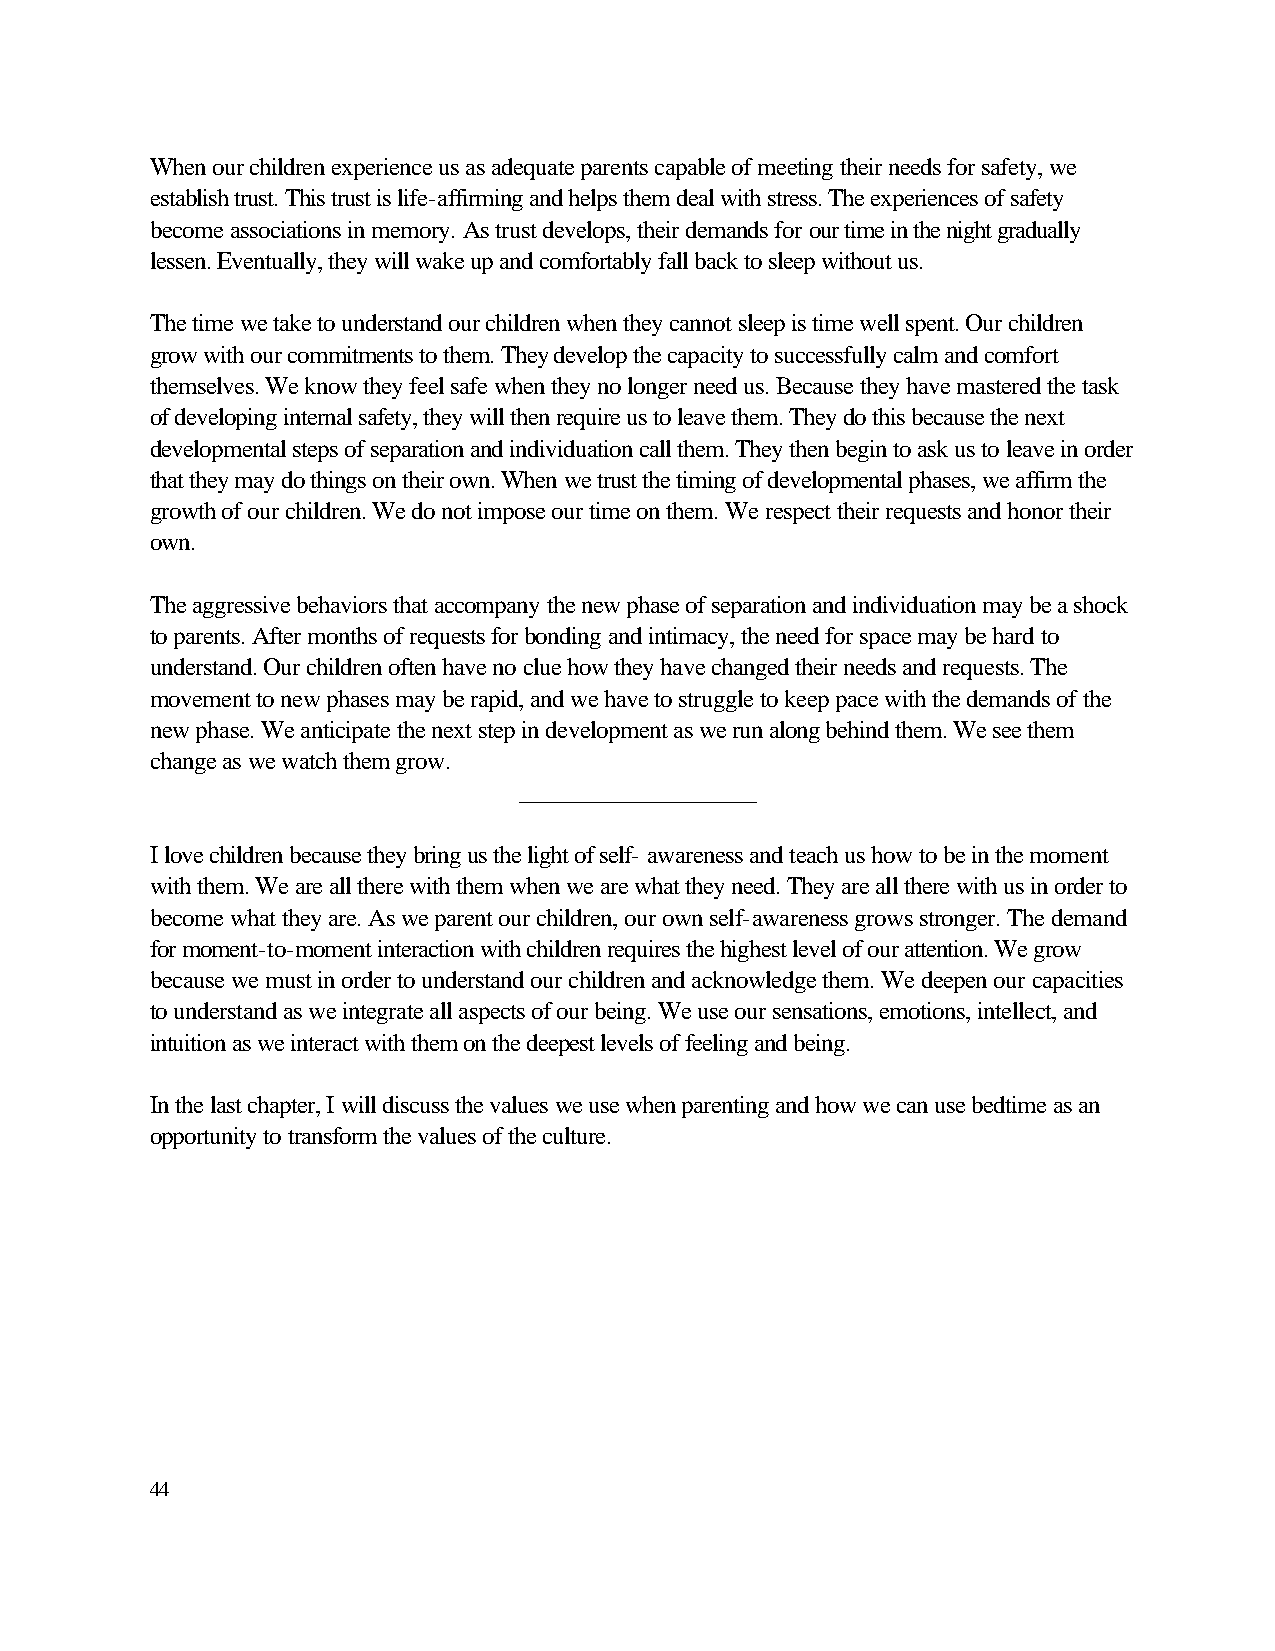
When our children experience us as adequate parents capable of meeting their needs for safety, we
 establish trust. This trust is life-affirming and helps them deal with stress. The experiences of safety
 become associations in memory. As trust develops, their demands for our time in the night gradually
 lessen. Eventually, they will wake up and comfortably fall back to sleep without us.
 The time we take to understand our children when they cannot sleep is time well spent. Our children
 grow with our commitments to them. They develop the capacity to successfully calm and comfort
 themselves. We know they feel safe when they no longer need us. Because they have mastered the task
 of developing internal safety, they will then require us to leave them. They do this because the next
 developmental steps of separation and individuation call them. They then begin to ask us to leave in order
 that they may do things on their own. When we trust the timing of developmental phases, we affirm the
 growth of our children. We do not impose our time on them. We respect their requests and honor their
 own.
 The aggressive behaviors that accompany the new phase of separation and individuation may be a shock
 to parents. After months of requests for bonding and intimacy, the need for space may be hard to
 understand. Our children often have no clue how they have changed their needs and requests. The
 movement to new phases may be rapid, and we have to struggle to keep pace with the demands of the
 new phase. We anticipate the next step in development as we run along behind them. We see them
 change as we watch them grow.
 ___________________
 I love children because they bring us the light of self- awareness and teach us how to be in the moment
 with them. We are all there with them when we are what they need. They are all there with us in order to
 become what they are. As we parent our children, our own self-awareness grows stronger. The demand
 for moment-to-moment interaction with children requires the highest level of our attention. We grow
 because we must in order to understand our children and acknowledge them. We deepen our capacities
 to understand as we integrate all aspects of our being. We use our sensations, emotions, intellect, and
 intuition as we interact with them on the deepest levels of feeling and being.
 In the last chapter, I will discuss the values we use when parenting and how we can use bedtime as an
 opportunity to transform the values of the culture.
 44